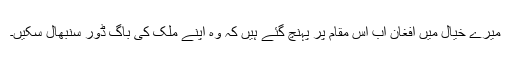
میرے خیال میں افغان اب اس مقام پر پہنچ گئے ہیں کہ وہ اپنے ملک کی باگ ڈور سنبھال سکیں۔